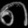
Digit: ၈